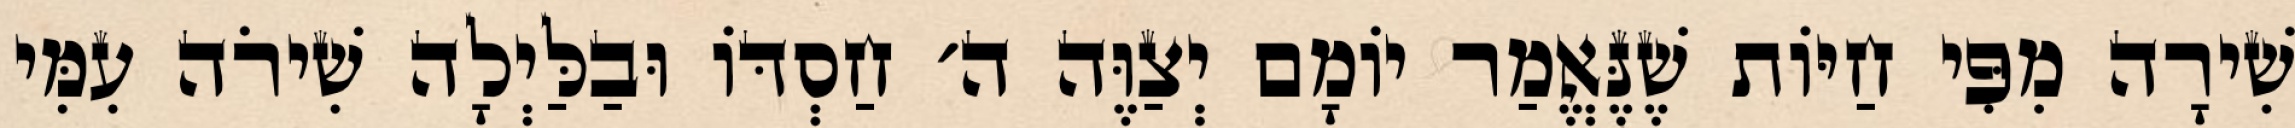
שִׁירָה מִפִּי חַיּוֹת שֶׁנֶּאֱמַר יוֹמָם יְצַוֶּה ה׳ חַסְדּוֹ וּבַלַּיְלָה שִׁירֹה עִמִּי